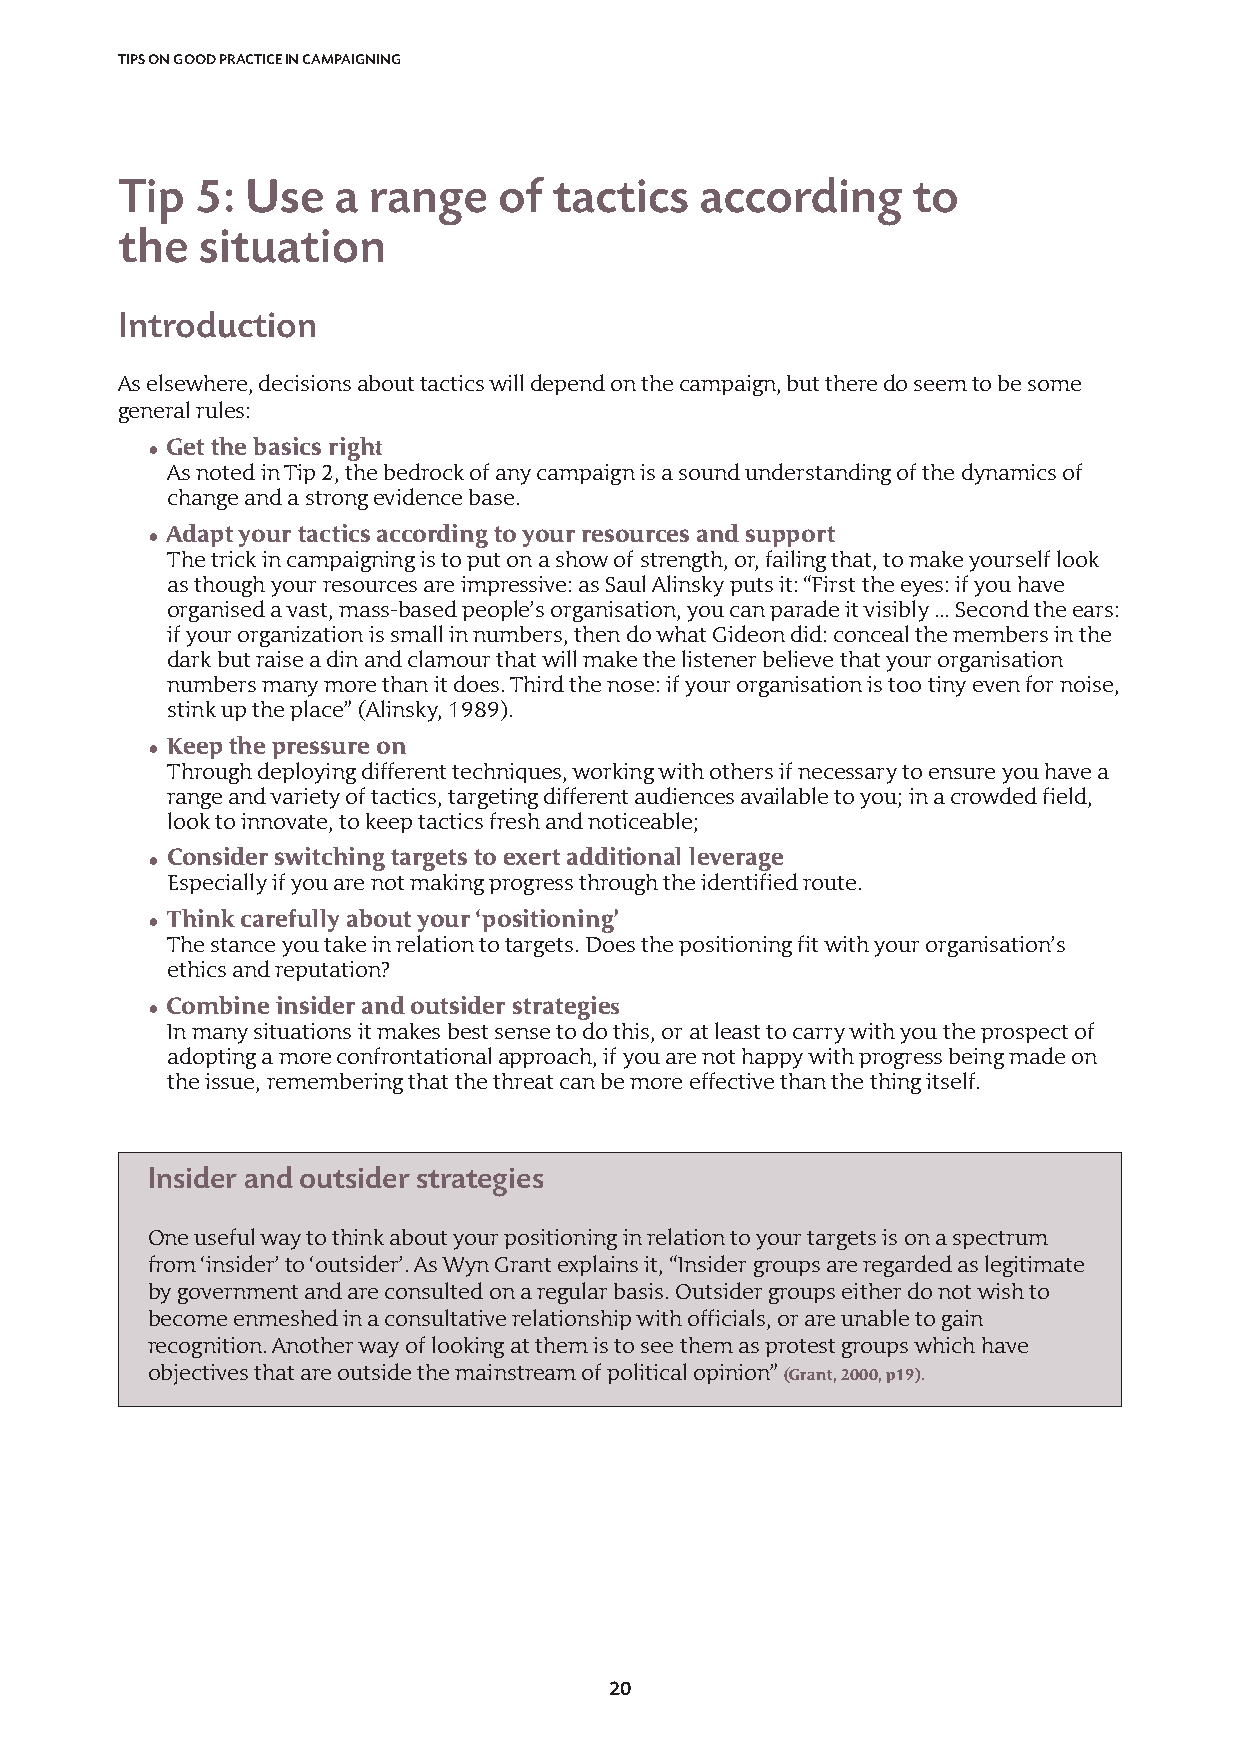
TIPS ON GOOD PRACTICE IN CAMPAIGNING
 Tip  5: Use   a range    of  tactics  according     to
 the  situation
 Introduction
 As elsewhere, decisions about tactics will depend on the campaign, but there do seem to be some
 general rules:
 • Get the basics right
 As noted in Tip 2, the bedrock of any campaign is a sound understanding of the dynamics of
 change and a strong evidence base.
 • Adapt your tactics according to your resources and support
 The trick in campaigning is to put on a show of strength, or, failing that, to make yourself look
 as though your resources are impressive: as Saul Alinsky puts it: “First the eyes: if you have
 organised a vast, mass-based people’s organisation, you can parade it visibly … Second the ears:
 if your organization is small in numbers, then do what Gideon did: conceal the members in the
 dark but raise a din and clamour that will make the listener believe that your organisation
 numbers many more than it does. Third the nose: if your organisation is too tiny even for noise,
 stink up the place” (Alinsky, 1989).
 • Keep the pressure on
 Through deploying different techniques, working with others if necessary to ensure you have a
 range and variety of tactics, targeting different audiences available to you; in a crowded field,
 look to innovate, to keep tactics fresh and noticeable;
 • Consider switching targets to exert additional leverage
 Especially if you are not making progress through the identified route.
 • Think carefully about your ‘positioning’
 The stance you take in relation to targets. Does the positioning fit with your organisation’s
 ethics and reputation?
 • Combine insider and outsider strategies
 In many situations it makes best sense to do this, or at least to carry with you the prospect of
 adopting a more confrontational approach, if you are not happy with progress being made on
 the issue, remembering that the threat can be more effective than the thing itself.
 Insider and outsider strategies
 One useful way to think about your positioning in relation to your targets is on a spectrum
 from ‘insider’ to ‘outsider’. As Wyn Grant explains it, “Insider groups are regarded as legitimate
 by government and are consulted on a regular basis. Outsider groups either do not wish to
 become enmeshed in a consultative relationship with officials, or are unable to gain
 recognition. Another way of looking at them is to see them as protest groups which have
 objectives that are outside the mainstream of political opinion” (Grant, 2000, p19).
 20